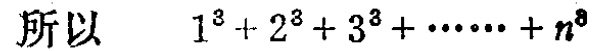
所以 \(\ 1^{3}+2^{3}+3^{3}+\cdots\cdots +n^{3}\)